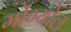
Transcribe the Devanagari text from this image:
मोंग्योल